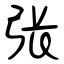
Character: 张